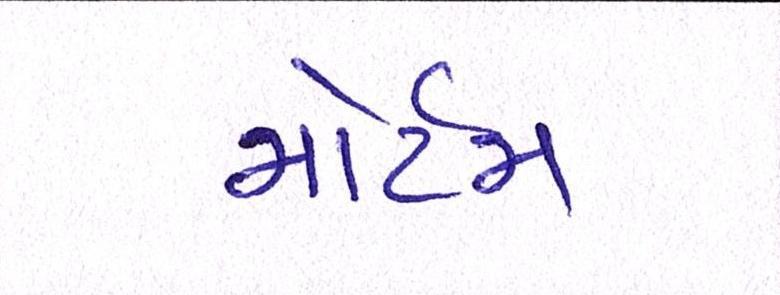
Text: મોર્ટમ